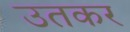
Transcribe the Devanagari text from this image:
उतकर